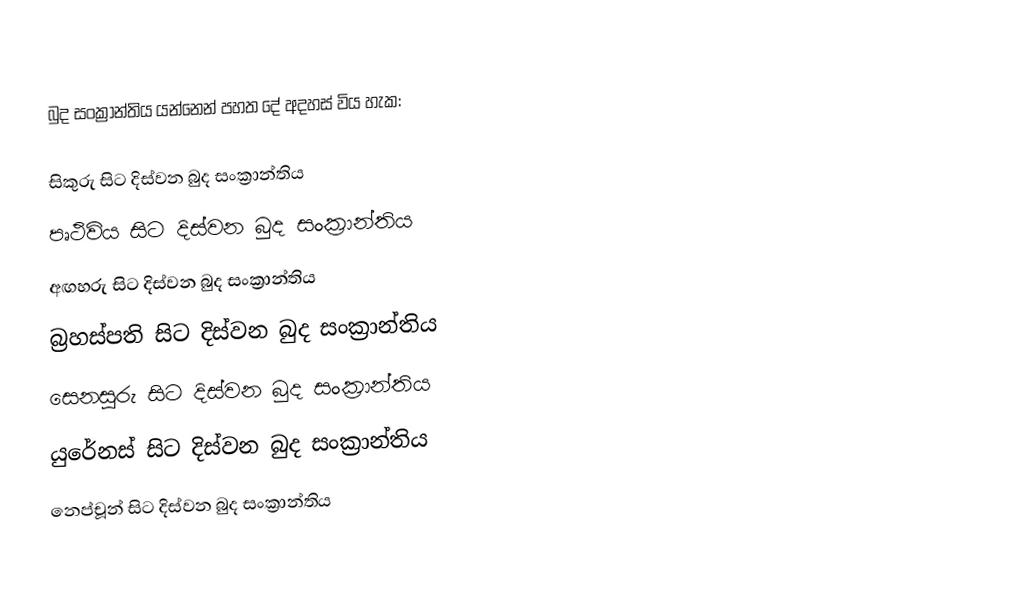
බුද සංක්‍රාන්තිය යන්නෙන් පහත දේ අදහස් විය හැක:

 සිකුරු සිට දිස්වන බුද සංක්‍රාන්තිය
 පෘථිවිය සිට දිස්වන බුද සංක්‍රාන්තිය
 අඟහරු සිට දිස්වන බුද සංක්‍රාන්තිය
 බ්‍රහස්පති සිට දිස්වන බුද සංක්‍රාන්තිය
 සෙනසුරු සිට දිස්වන බුද සංක්‍රාන්තිය
 යුරේනස් සිට දිස්වන බුද සංක්‍රාන්තිය
 නෙප්චූන් සිට දිස්වන බුද සංක්‍රාන්තිය